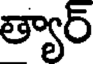
త్యార్